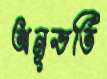
অনূভতি